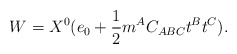
\begin{align*}W=X^0(e_0+{1\over 2 }m^A C_{ABC}t^B t^C).\end{align*}